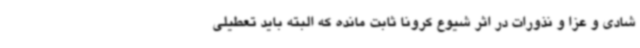
شادی و عزا و نذورات در اثر شیوع کرونا ثابت مانده که البته باید تعطیلی